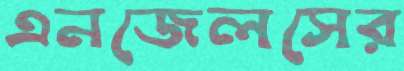
এনজেলসের